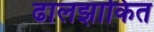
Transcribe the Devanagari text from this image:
ढालझाकित